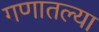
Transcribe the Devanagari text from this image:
गणातल्या